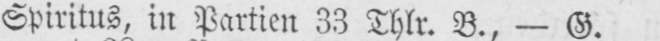
Spiritus, in Partien 33 Thlr. B., - G.